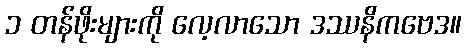
၁ တန်ဖိုးများကို လေ့လာသော ဒဿနိကဗေဒ။